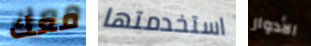
معك استخدمتها الأدوار